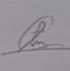
Signature authenticity: genuine